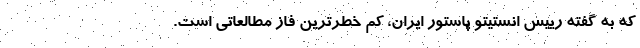
که به گفته رییس انستیتو پاستور ایران، کم خطرترین فاز مطالعاتی است.